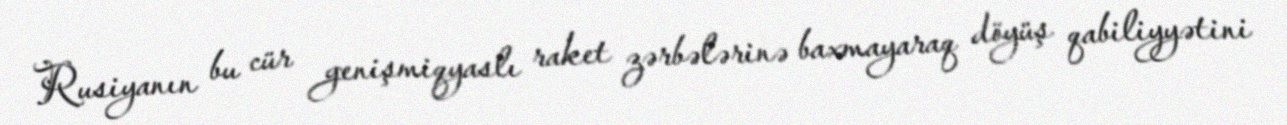
Rusiyanın bu cür genişmiqyaslı raket zərbələrinə baxmayaraq döyüş qabiliyyətini